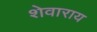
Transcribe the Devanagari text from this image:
शेवाराय